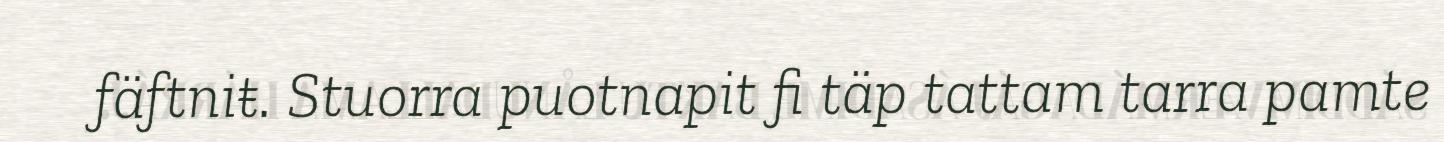
fäftniŧ. Stuorra puotnapit fi täp tattam tarra pamte